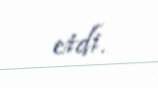
etdi.